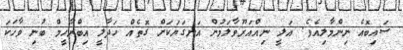
ސައިބޮއެ ނިންމާލިއެވެ. އަލީ ނިއްއަރޫވާލަމުން އަނގަޔަކަށް ގޮތެއް ހަދާލީ އިބްރާހީމް ބުނި ވާހަކަ